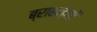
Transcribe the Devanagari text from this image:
ब्राहम्‍णों